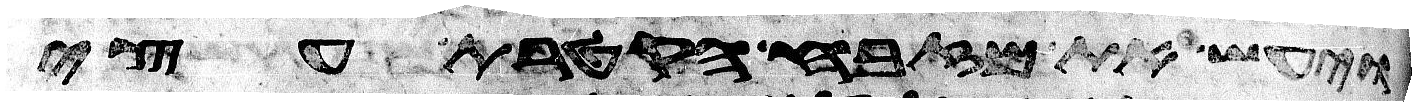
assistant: ויעש את מזבח הקטרת עצי